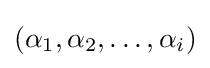
(\alpha _{1},\alpha _{2},\dots ,\alpha _{i})